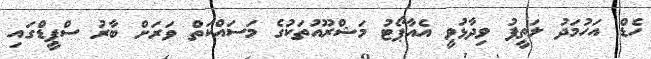
ހެޑް އަހުމަދު ލަތީފު ވިދާޅުވީ އެއާޕޯޓު މަޝްރޫއުތަކުގެ މަސައްކަތް ވަރަށް ބާރު ސްޕީޑްގައި